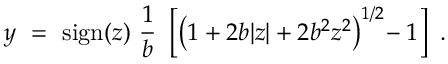
y ~ = ~ \mathrm { s i g n } ( z ) ~ \frac { 1 } { b } ~ \left[ \left( 1 + 2 b | z | + 2 b ^ { 2 } z ^ { 2 } \right) ^ { 1 / 2 } \! - 1 \right] ~ .